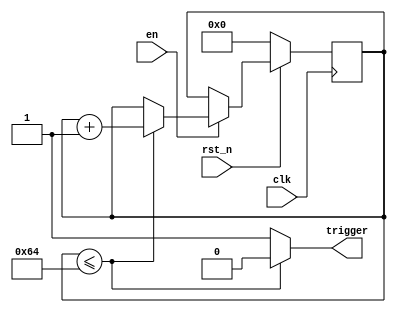
// Copyright (c) 2015 Princeton University
// All rights reserved.
// 
// Redistribution and use in source and binary forms, with or without
// modification, are permitted provided that the following conditions are met:
//     * Redistributions of source code must retain the above copyright
//       notice, this list of conditions and the following disclaimer.
//     * Redistributions in binary form must reproduce the above copyright
//       notice, this list of conditions and the following disclaimer in the
//       documentation and/or other materials provided with the distribution.
//     * Neither the name of Princeton University nor the
//       names of its contributors may be used to endorse or promote products
//       derived from this software without specific prior written permission.
// 
// THIS SOFTWARE IS PROVIDED BY PRINCETON UNIVERSITY "AS IS" AND
// ANY EXPRESS OR IMPLIED WARRANTIES, INCLUDING, BUT NOT LIMITED TO, THE IMPLIED
// WARRANTIES OF MERCHANTABILITY AND FITNESS FOR A PARTICULAR PURPOSE ARE
// DISCLAIMED. IN NO EVENT SHALL PRINCETON UNIVERSITY BE LIABLE FOR ANY
// DIRECT, INDIRECT, INCIDENTAL, SPECIAL, EXEMPLARY, OR CONSEQUENTIAL DAMAGES
// (INCLUDING, BUT NOT LIMITED TO, PROCUREMENT OF SUBSTITUTE GOODS OR SERVICES;
// LOSS OF USE, DATA, OR PROFITS; OR BUSINESS INTERRUPTION) HOWEVER CAUSED AND
// ON ANY THEORY OF LIABILITY, WHETHER IN CONTRACT, STRICT LIABILITY, OR TORT
// (INCLUDING NEGLIGENCE OR OTHERWISE) ARISING IN ANY WAY OUT OF THE USE OF THIS
// SOFTWARE, EVEN IF ADVISED OF THE POSSIBILITY OF SUCH DAMAGE.

/*
 * Description: Counts parameterizable number of cycles and
 *              raises a trigger signal
 */

module alarm_counter 
(
    input       clk,
    input       rst_n,
    input       en,
    output reg  trigger
);

/*********************/
/* Type declarations */
/*********************/

parameter COUNTER_WIDTH = 7;
parameter ALARM_THRESHOLD = 7'd100;

reg [COUNTER_WIDTH-1:0] count_f, count_next;

/********************/
/* Sequential Logic */
/********************/

always @ (posedge clk)
begin
    if (~rst_n)
        count_f <= {COUNTER_WIDTH{1'b0}};
    else if (en)
        count_f <= count_next;
end

/***********************/
/* Combinational Logic */
/***********************/

always @ *
begin
    if (count_f <= ALARM_THRESHOLD)
    begin
        count_next = count_f + 1'b1;
        trigger = 1'b0;
    end
    else
    begin
        count_next = count_f;
        trigger = 1'b1;
    end
end

/************************/
/* Sub-module Instances */
/************************/

endmodule